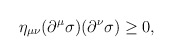
\begin{align*}\eta _{\mu \nu}(\partial ^{\mu}\sigma )(\partial ^{\nu}\sigma )\geq 0,\end{align*}